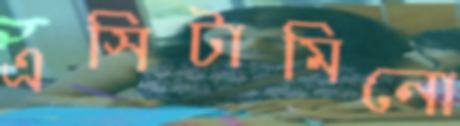
এসিটামিনো